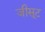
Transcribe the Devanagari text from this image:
जीसूट